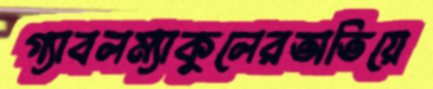
গ্যাবলম্যাকুলেরতাতিয়ে